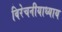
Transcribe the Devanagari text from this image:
विरेचनीयाध्याय